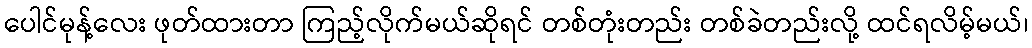
ပေါင်မုန့်လေး ဖုတ်ထားတာ ကြည့်လိုက်မယ်ဆိုရင် တစ်တုံးတည်း တစ်ခဲတည်းလို့ ထင်ရလိမ့်မယ်၊